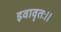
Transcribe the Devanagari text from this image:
इवावृतः॥